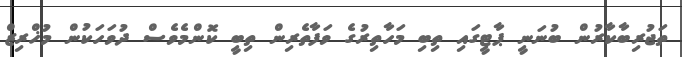
ތަޖުރިބާކާރުން ބުނަނީ ޕާޓީގައި ތިބި މަހާތިރުގެ ވަފާތެރިން ތިބީ ކޮންމެވެސް ދުވަހަކުން މުޚްރިޒް